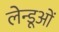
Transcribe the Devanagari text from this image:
लेन्डूओं